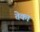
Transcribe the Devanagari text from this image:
तेका